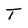
Character: T